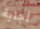
أجابة